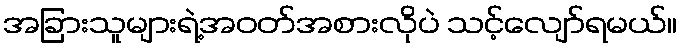
အခြားသူများရဲ့အဝတ်အစားလိုပဲ သင့်လျော်ရမယ်။